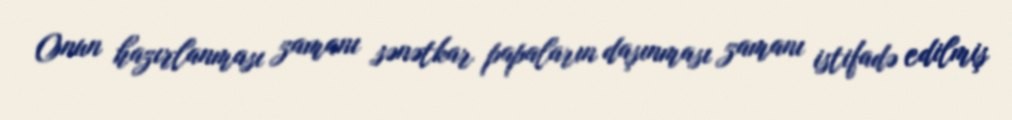
Onun hazırlanması zamanı sənətkar papaların daşınması zamanı istifadə edilmiş